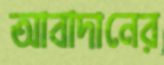
আবাদানের